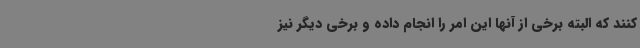
کنند که البته برخی از آنها این امر را انجام داده و برخی دیگر نیز